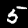
Label: 5